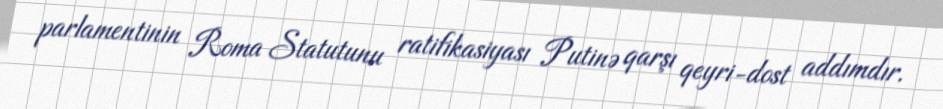
parlamentinin Roma Statutunu ratifikasiyası Putinə qarşı qeyri-dost addımdır.